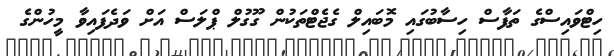
ހިޓްވައިސްގެ ތަފާސް ހިސާބުގައި މޮބައިލް ގެޖެޓްތަކުން ގޫގުލް ޕްލަސް އަށް ވަދެފައިވާ މީހުންގެ